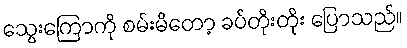
သွေးကြောကို စမ်းမိတော့ ခပ်တိုးတိုး ပြောသည်။